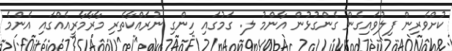
ކުށްވެރިން ފިލުވައިގެން ގެންގުޅުން އާންމު ލ. ގަމުގައި ހިންގި ނުރައްކާތެރި މާރާމާރީއެއްގައި އެންމެ